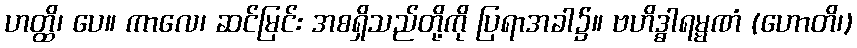
ဟတ္ထိ၊ ပေ။ ကာလေ၊ ဆင်မြင်း အစရှိသည်တို့ကို ပြရာအခါ၌။ ဗဟိဒ္ဓါရမ္မဏံ (ဟောတိ၊)